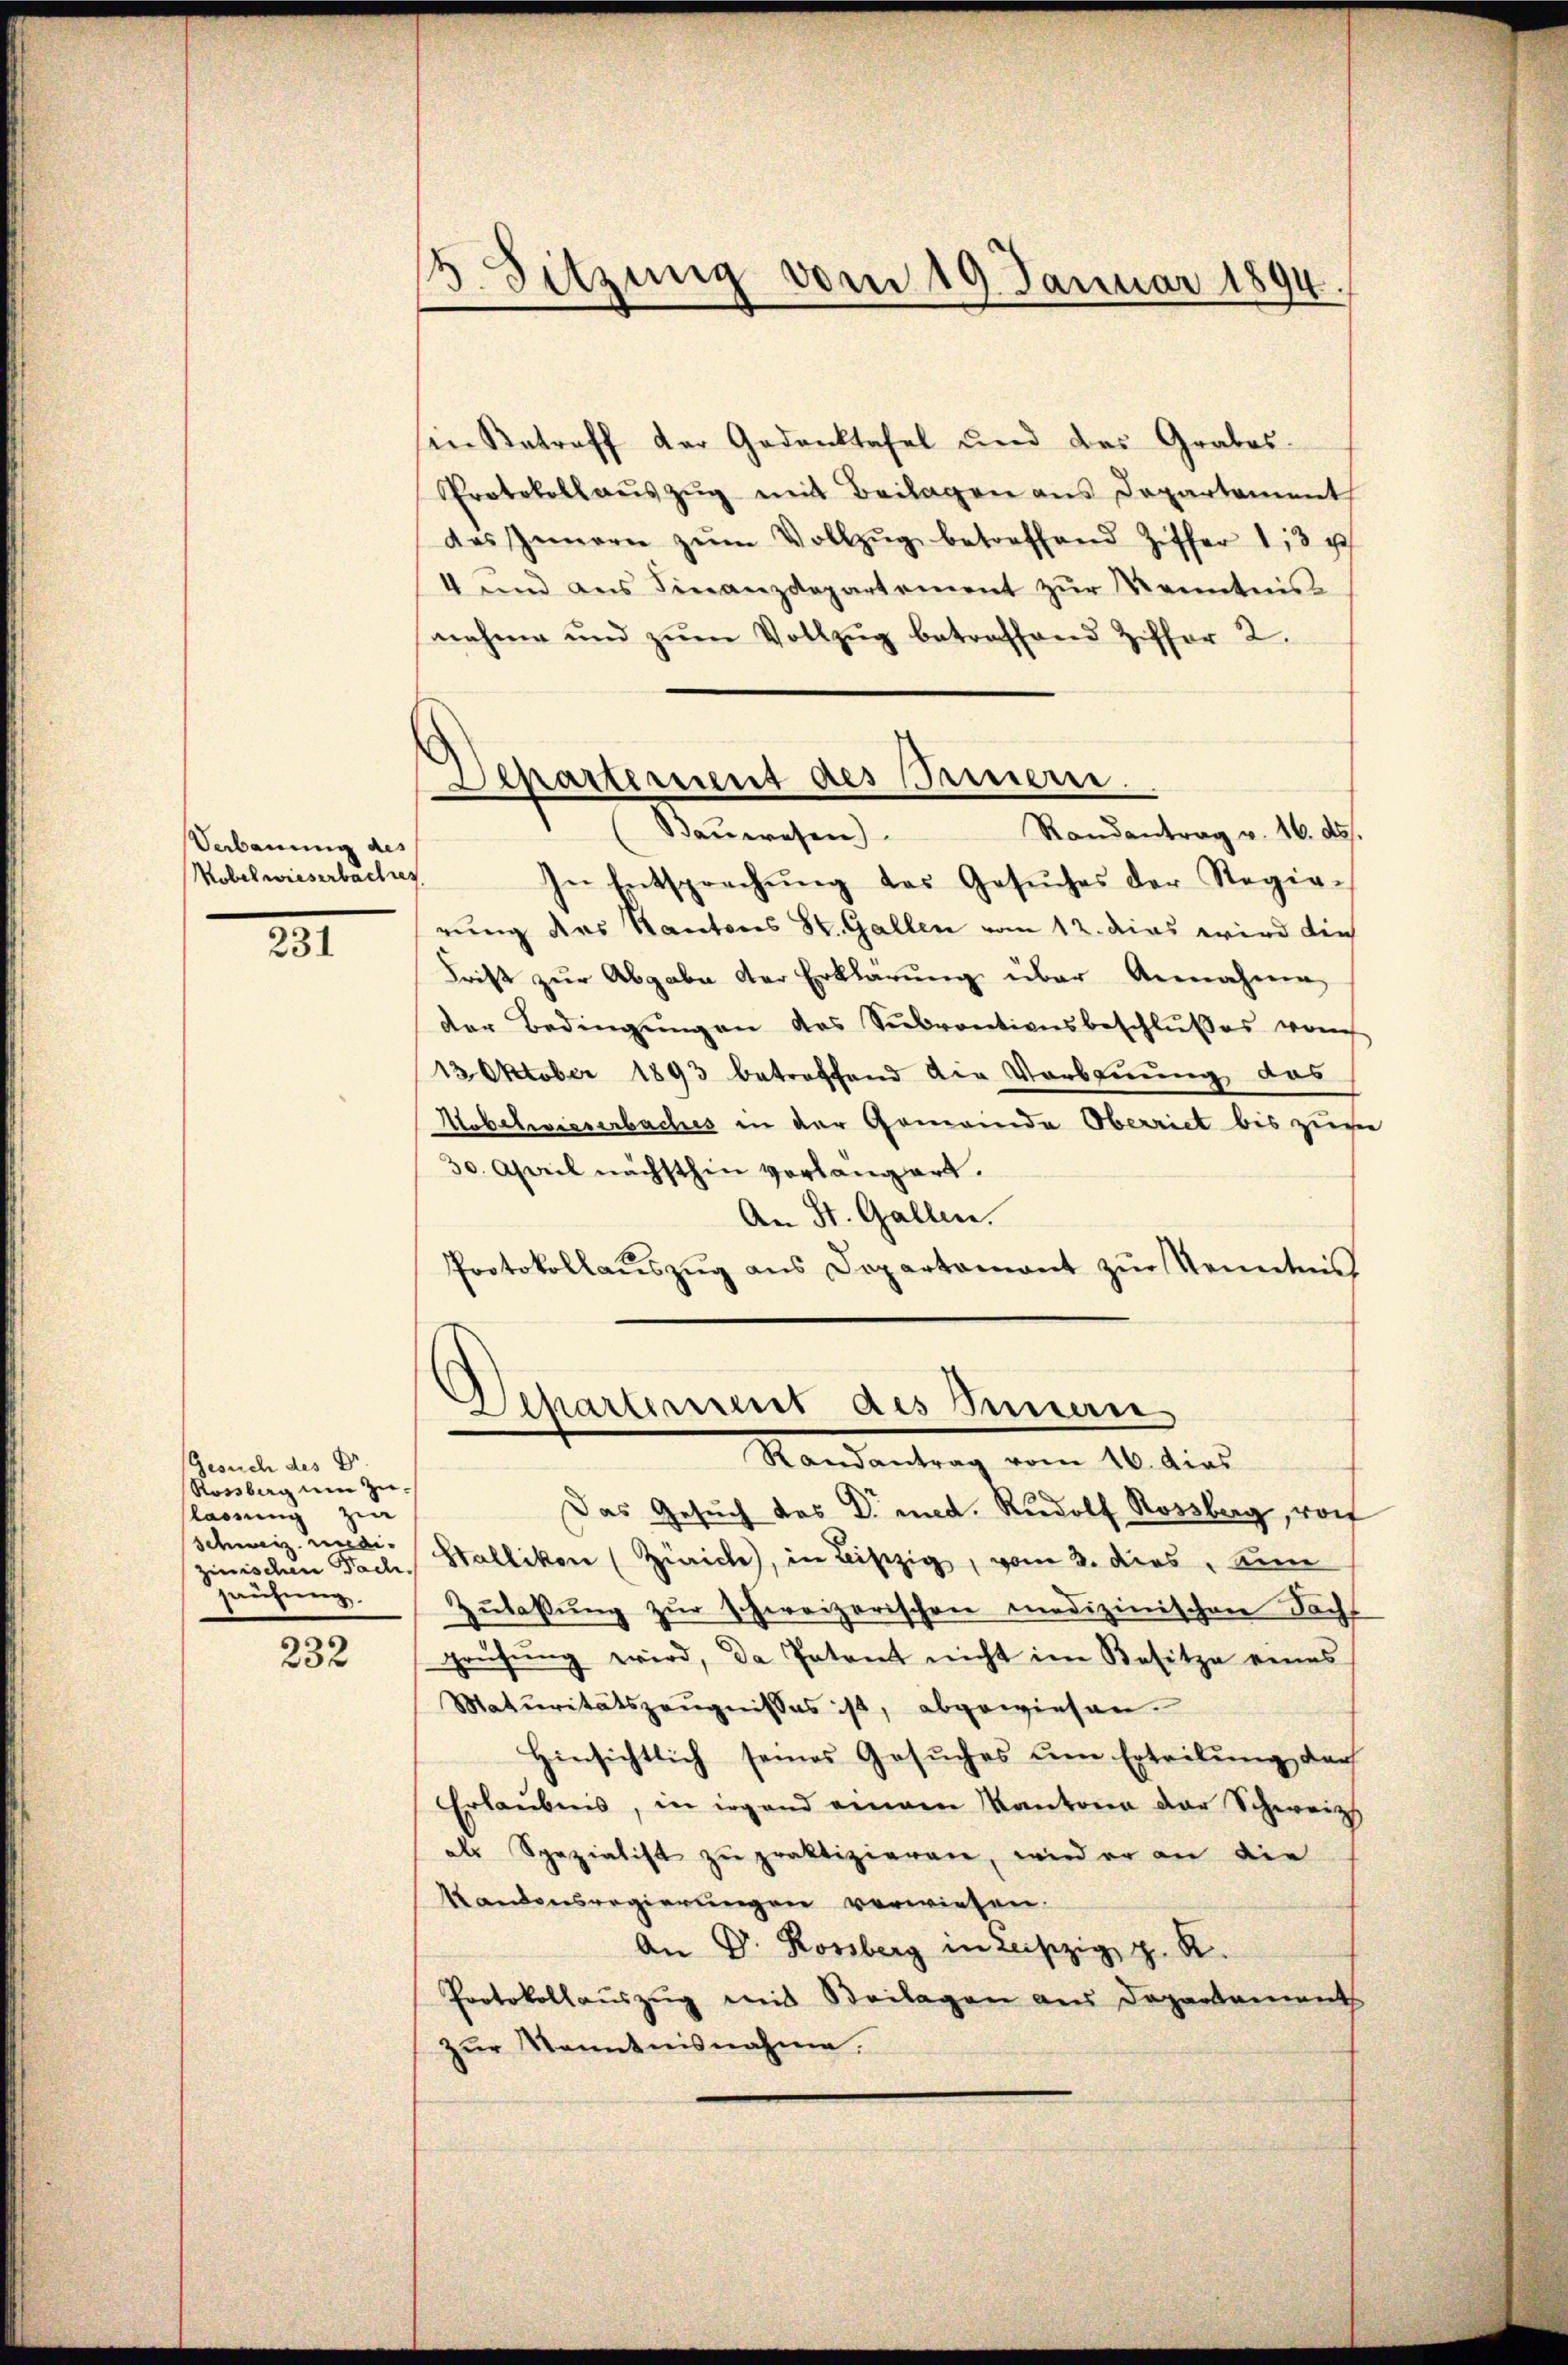
Verbauung des
Mobelwieserbachtes

231

232

8. Sitzung vom 19. Januar 1894.

Gesuch des Dr.
Rossberg um Zu-
lassen zi
Schweiz undizinischen Dach.
prüfung.

in Betreff der Gedanktafel und das Grabes-
Protokollaŭszŭg mit Beilagen aus Departement
des Innern zŭm Vollzŭg betreffend Ziffer 13 u
4 und ans Finanzdepartement zŭr Kenntnis
nahme und zŭm Vollzug betraffend Ziffer 2.
In Entsprechŭng des Gesŭches der Regie-
rung des Kantons St. Gallen vom 12. dies wird die
Frist zŭr Abgabe der Erklärŭng über Annahme
der Bedingŭngen des Subventionsbeschlußes vorh
13 Oktober 1893 betreffend die Vorbauung das
Hebelwieserbaches in der Gemeinde Oberriet bis zum
30. April nächsthin vorlangart.
An St. Gallen.
Protokollaŭszŭg ans Departemont zŭr Kenntnis

Departement des Bernern.
Randantrag v. 16. ds.
Bauwesen

Departement des Innen
Randantrag vom 16. dies

Das Gesuch des Dr med. Rudolf Rossberg, vorf
Stallikon (Zürich, in Liszig, vom 3. dies, ann
Zŭlaβŭng zŭr schweizerischen medizinischen Sachs
prüfŭng wird, da Patent nicht im Besitze eines
Maturitätszeugnisses ist, abgewiesen.
Hinsichtlich seines Gesuches um Erteilung darf
Erlaubnis, in irgend einem Kantona der Schweiz
als Spezialist zu praktizieren, wird er an die
Kantonsregierungen verwiesen.
An Dr. Rossberg in Leiszig, z. R.
Protokollauszug mit Beilagen aus Departament
zŭr Kenntnisnahme.